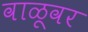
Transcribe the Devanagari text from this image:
वाळूवर